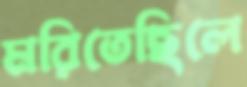
মরিতেছিলে